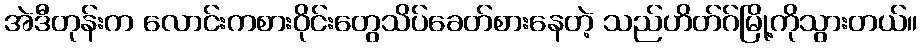
အဲဒီတုန်းက လောင်းကစားဝိုင်းတွေသိပ်ခေတ်စားနေတဲ့ သည်ဟိတ်ဂ်မြို့ကိုသွားတယ်။